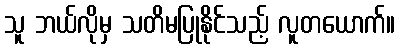
သူ ဘယ်လိုမှ သတိမပြုနိုင်သည့် လူတယောက်။